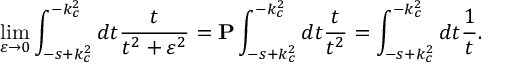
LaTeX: \operatorname * { l i m } _ { \varepsilon \to 0 } \int _ { - s + k _ { c } ^ { 2 } } ^ { - k _ { c } ^ { 2 } } d t \frac { t } { t ^ { 2 } + \varepsilon ^ { 2 } } = { \bf P } \int _ { - s + k _ { c } ^ { 2 } } ^ { - k _ { c } ^ { 2 } } d t \frac { t } { t ^ { 2 } } = \int _ { - s + k _ { c } ^ { 2 } } ^ { - k _ { c } ^ { 2 } } d t \frac { 1 } { t } .